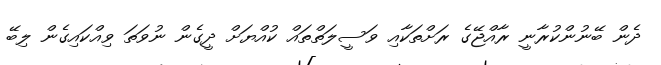
ދެން ބޭނުންކުރާނީ ރާއްޖޭގެ ރަށްތަކާއި ވަސީލަތްތައް ކުއްޔަށް ދީގެން ނުވަތަ ވިއްކައިގެން ލިބޭ